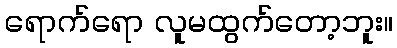
ရောက်ရော လူမထွက်တော့ဘူး။